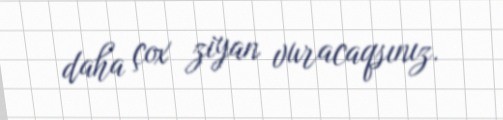
daha çox ziyan vuracaqsınız.